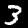
Label: 3